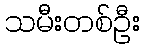
သမီးတစ်ဦး